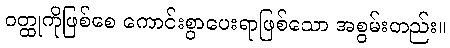
ဝတ္ထုကိုဖြစ်စေ ကောင်းစွာပေးရာဖြစ်သော အစွမ်းတည်း။